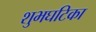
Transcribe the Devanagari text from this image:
शुभघटिका